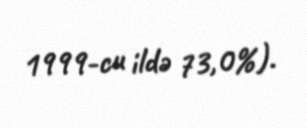
1999-cu ildə 73,0%).